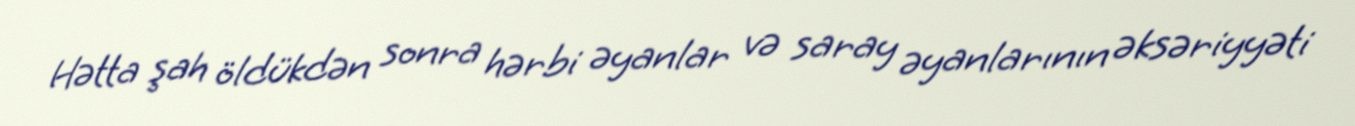
Hətta şah öldükdən sonra hərbi əyanlar və saray əyanlarının əksəriyyəti